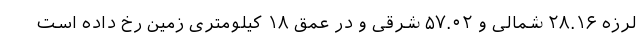
لرزه ۲۸.۱۶ شمالی و ۵۷.۰۲ شرقی و در عمق ۱۸ کیلومتری زمین رخ داده است